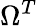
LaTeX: \Omega^{T}